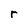
Character: r